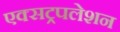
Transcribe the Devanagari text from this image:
एक्सट्रपलेशन